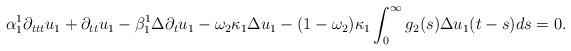
LaTeX: \begin{align*}\alpha_1^1\partial_{ttt}u_1+\partial_{tt}u_1-\beta_1^1\Delta\partial_t u_1-\omega_{2}\kappa_1 \Delta u_{1}-(1-\omega_{2})\kappa_1 \int_0^\infty g_{2}(s)\Delta u_{1}(t-s)ds=0.\end{align*}